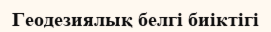
Геодезиялық белгі биіктігі